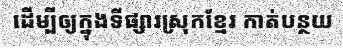
ដើម្បីឲ្យក្នុងទីផ្សារស្រុកខ្មែរ កាត់បន្ថយ